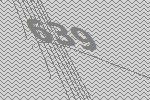
639